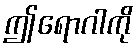
ဤရောဂါကို